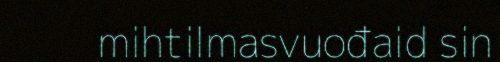
mihtilmasvuođaid sin